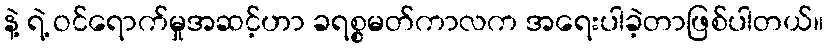
နဲ့ ရဲ့ ဝင်ရောက်မှုအဆင့်ဟာ ခရစ္စမတ်ကာလက အရေးပါခဲ့တာဖြစ်ပါတယ်။